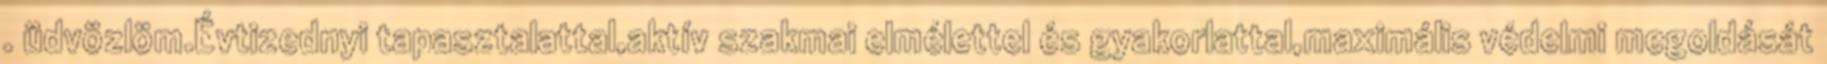
. üdvözlöm.Évtizednyi tapasztalattal,aktív szakmai elmélettel és gyakorlattal,maximális védelmi megoldását